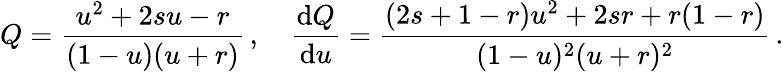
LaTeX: Q=\frac{u^{2}+2su-r}{(1-u)(u+r)}\, ,\quad\frac{\mathrm{d}Q}{\mathrm{d}u}=\frac{(2s+1-r)u^{2}+2sr+r(1-r)}{(1-u)^{2}(u+r)^{2}}\, .